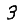
Digit: 3